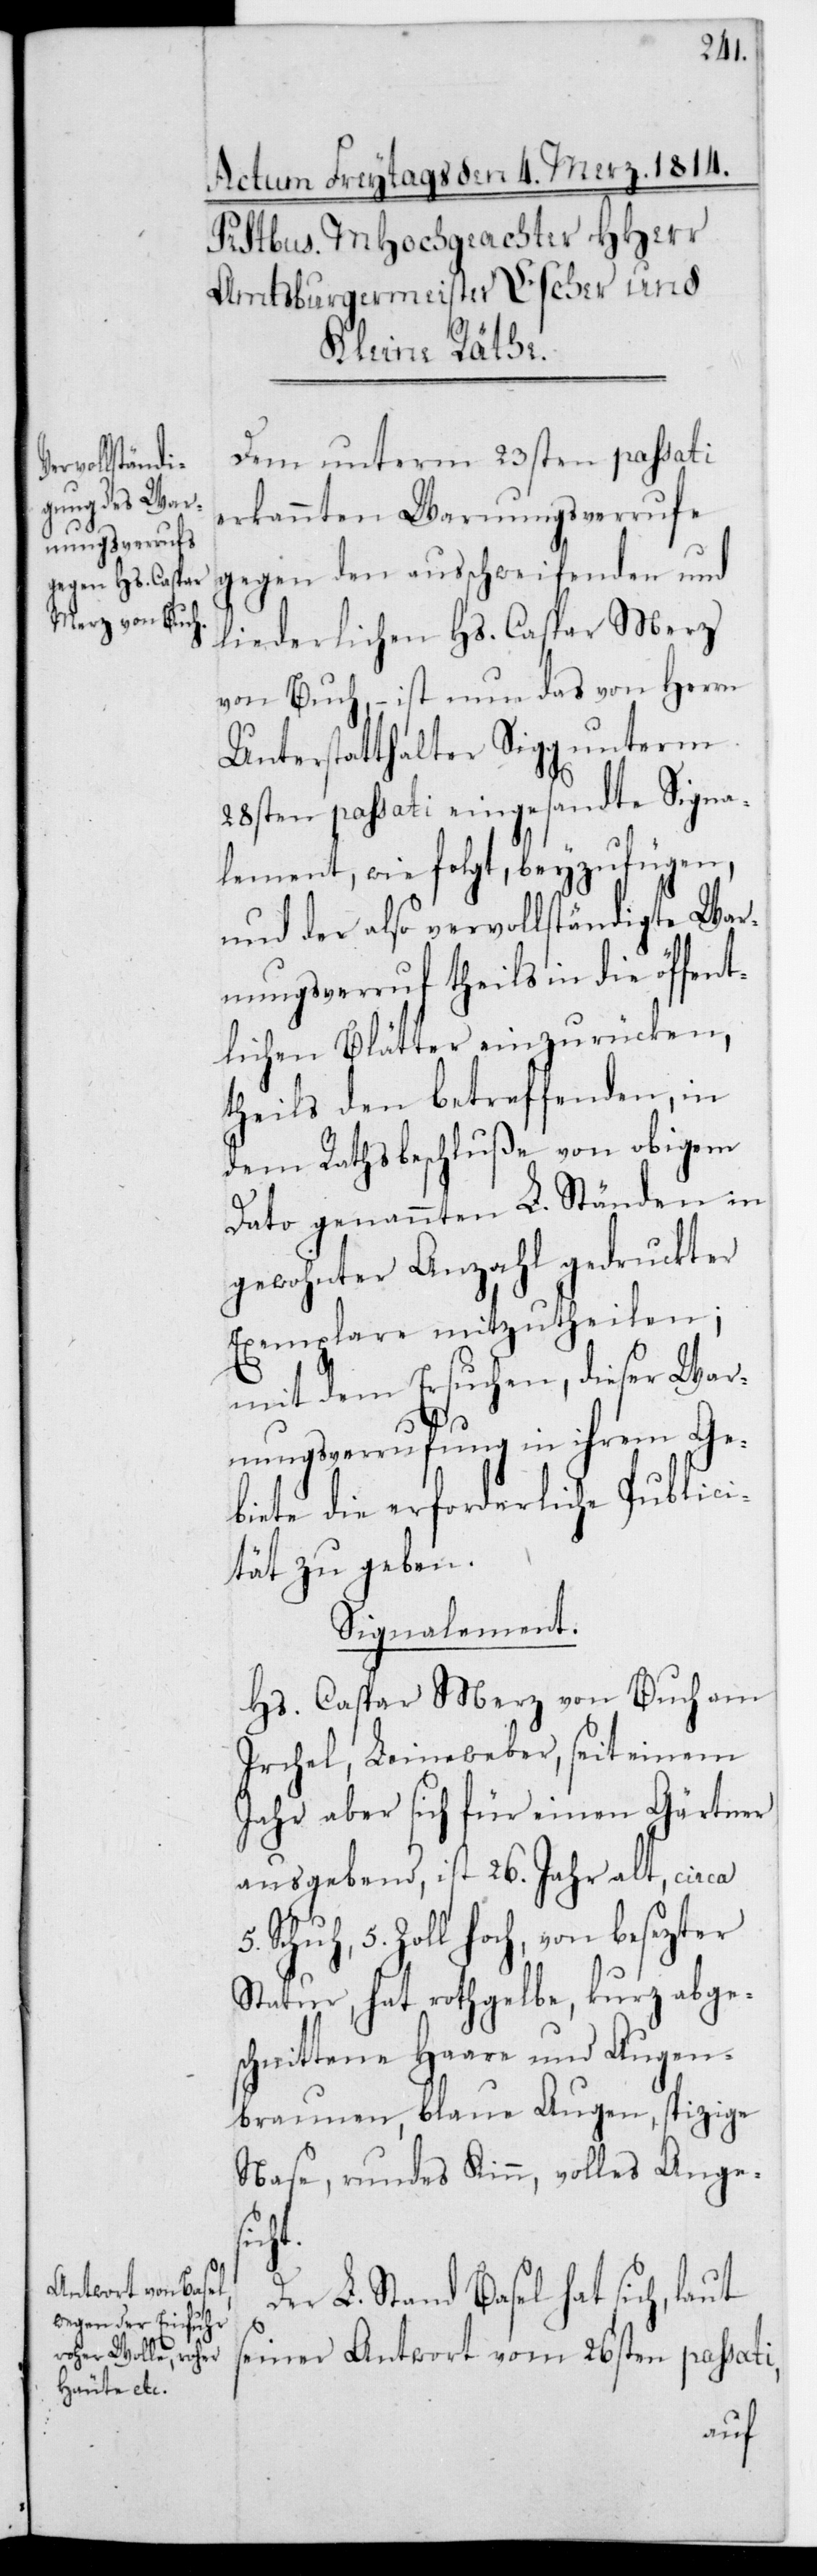
Dem unterm 23sten passati
erkannten Warnungsverrufe
gegen den ausschweifenden und
liederlichen Hs. Caspar Merz
von Buch, – ist nun das von Herrn
Unterstatthalter Sigg unterm
28sten passati eingesandte Signa¬
lement, wie folgt, beyzufügen,
und der also vervollständigte War¬
nungsverruf theils in die öffent¬
lichen Blätter einzurücken,
theils den betreffenden, in
dem Rathsbeschluße von obigem
Dato genannten L. Ständen in
gewohnter Anzahl gedruckter
Exemplare mitzutheilen;
mit dem Ersuchen, dieser War¬
nungsverrufung in ihrem Ge¬
biete die erforderliche Publici¬
tät zu geben.
Signalement.
Hs. Caspar Merz von Buch am
Irchel, Leineweber, seit einem
Jahr aber sich für einen Gärtner
ausgebend, ist 26. Jahr alt, circa
Schuh 5. Zoll hoch, von besezter
Statur, hat rotgelbe, kurz abge¬
schnittene Haare und Augen¬
braunen, blaue Augen, spizige
Nase, rundes Kinn, volles Anges¬
icht.
Der L. Stand Basel hat sich, laut
seiner Antwort vom 26sten passati,